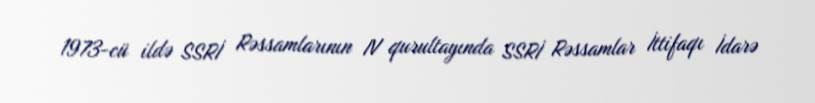
1973-cü ildə SSRİ Rəssamlarının IV qurultayında SSRİ Rəssamlar İttifaqı İdarə